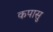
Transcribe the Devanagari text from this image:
कपासु